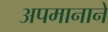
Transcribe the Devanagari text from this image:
अपमानाने